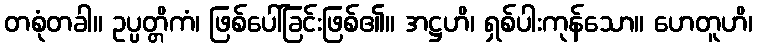
တစုံတခါ။ ဥပ္ပတ္တိကံ၊ ဖြစ်ပေါ်ခြင်းဖြစ်၏။ အဋ္ဌဟိ၊ ရှစ်ပါးကုန်သော။ ဟေတူဟိ၊